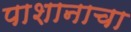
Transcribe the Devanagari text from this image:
पाशानाचा